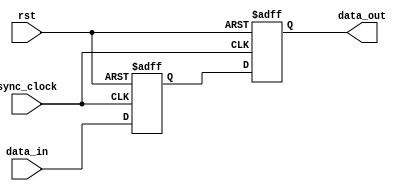
module alt_vipitc120_common_sync
    #(parameter
        CLOCKS_ARE_SAME = 0,
        WIDTH = 1)
    (
    input wire rst,
    input wire sync_clock,
    
    input wire [WIDTH-1:0] data_in,
    output wire [WIDTH-1:0] data_out);

(* altera_attribute = "-name SYNCHRONIZER_IDENTIFICATION FORCED_IF_ASYNCHRONOUS" *) reg [WIDTH-1:0] data_out_sync0;
(* altera_attribute = "-name SYNCHRONIZER_IDENTIFICATION FORCED_IF_ASYNCHRONOUS" *) reg [WIDTH-1:0] data_out_sync1;

generate
    if(CLOCKS_ARE_SAME) 
        assign data_out = data_in;
    else begin
        always @ (posedge rst or posedge sync_clock) begin
            if(rst) begin
                data_out_sync0 <= {WIDTH{1'b0}};
                data_out_sync1 <= {WIDTH{1'b0}};
            end else begin
                data_out_sync0 <= data_in;
                data_out_sync1 <= data_out_sync0;
            end
        end
        
        assign data_out = data_out_sync1;
    end
endgenerate

endmodule